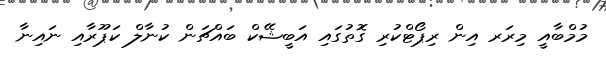
މުމްބާއީ މިރަރ އިން ރިޕޯޓްކުރި ގޮތުގައި އަބީޝޭކް ބައްޗަން ކުނާލް ކަޕޫރާއި ނައިނާ